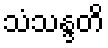
သံသန္ဒတိ